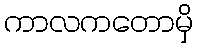
ကာလကတောမှိ